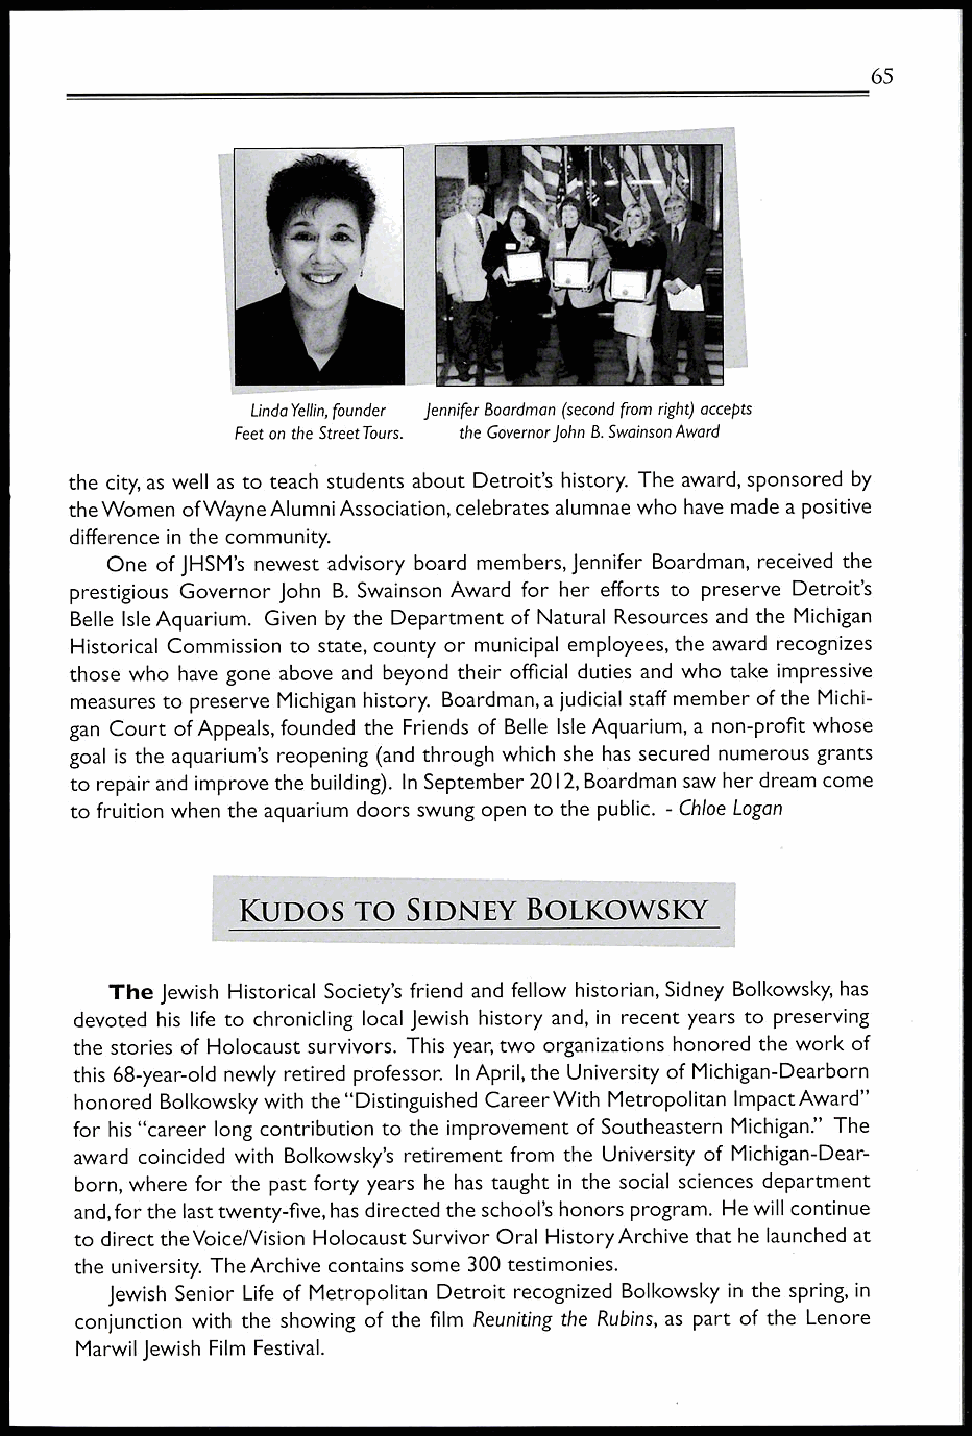
65
 Linda Yellin, founder Jennifer Boardman (second from right) accepts
 Feet on the Street Tours. the Governor John B. Swainson Award
 the city, as well as to teach students about Detroit's history. The award, sponsored by
 the Women of Wayne Alumni Association, celebrates alumnae who have made a positive
 difference in the community.
 One of JHSM's newest advisory board members, Jennifer Boardman, received the
 prestigious Governor John B. Swainson Award for her efforts to preserve Detroit's
 Belle Isle Aquarium. Given by the Department of Natural Resources and the Michigan
 Historical Commission to state, county or municipal employees, the award recognizes
 those who have gone above and beyond their official duties and who take impressive
 measures to preserve Michigan history. Boardman, a judicial staff member of the Michi-
 gan Court of Appeals, founded the Friends of Belle Isle Aquarium, a non-profit whose
 goal is the aquarium's reopening (and through which she has secured numerous grants
 to repair and improve the building). In September 2012, Boardman saw her dream come
 to fruition when the aquarium doors swung open to the public. - Chloe Logan
 KUDOS  TO  SIDNEY BOLKOWSKY
 The Jewish Historical Society's friend and fellow historian, Sidney Bolkowsky, has
 devoted his life to chronicling local Jewish history and, in recent years to preserving
 the stories of Holocaust survivors. This year, two organizations honored the work of
 this 68-year-old newly retired professor. In April, the University of Michigan-Dearborn
 honored Bolkowsky with the "Distinguished Career With Metropolitan Impact Award"
 for his "career long contribution to the improvement of Southeastern Michigan?' The
 award coincided with Bolkowsky's retirement from the University of Michigan-Dear-
 born, where for the past forty years he has taught in the social sciences department
 and, for the last twenty-five, has directed the school's honors program. He will continue
 to direct the Voice/Vision Holocaust Survivor Oral History Archive that he launched at
 the university. The Archive contains some 300 testimonies.
 Jewish Senior Life of Metropolitan Detroit recognized Bolkowsky in the spring, in
 conjunction with the showing of the film Reuniting the Rubins, as part of the Lenore
 Marwil Jewish Film Festival.